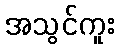
အသွင်ကူး